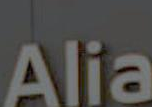
Alia